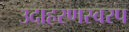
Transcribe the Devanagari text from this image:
उदाहरणस्वरप